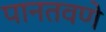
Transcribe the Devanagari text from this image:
पानतवणे